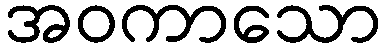
အဝကာသော